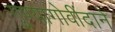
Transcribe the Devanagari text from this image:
गुण्यागोवींदाने